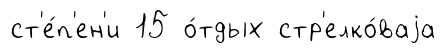
ст'е́п'ен'и 15 о́тдых стр'елко́ваjа